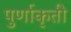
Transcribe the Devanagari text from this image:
पुर्णाकृती